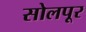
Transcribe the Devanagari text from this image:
सोलपूर